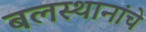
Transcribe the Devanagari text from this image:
बलस्थानांचे